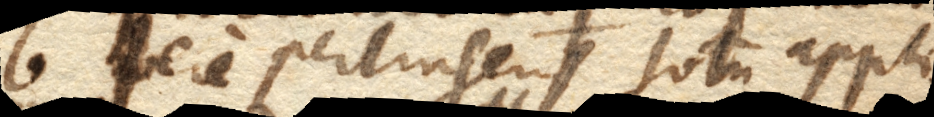
b. fere pertingens totum appli–